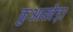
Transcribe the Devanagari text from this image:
कुआखेड़ा